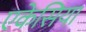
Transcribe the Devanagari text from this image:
एकेसिया